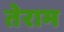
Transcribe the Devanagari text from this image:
तेराम